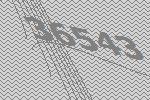
36543